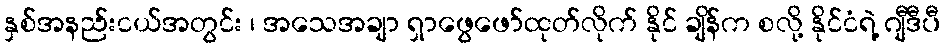
နှစ်အနည်းငယ်အတွင်း ၊ အသေအချာ ရှာဖွေဖော်ထုတ်လိုက် နိုင် ချိန်က စလို့ နိုင်ငံရဲ့ ဂျီဒီပီ